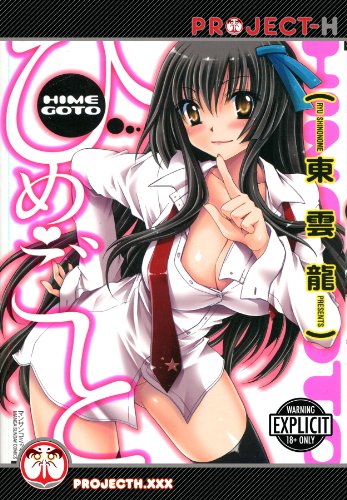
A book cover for Our Little Secret (Hentai Manga); Ryu Shinonome; Comics & Graphic Novels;